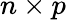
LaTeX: n\times p